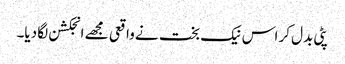
پٹی بدل کر اس نیک بخت نے واقعی مجھے انجکشن لگا دیا۔